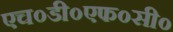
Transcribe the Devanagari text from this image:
एच०डी०एफ०सी०